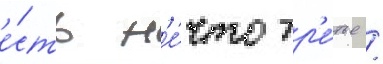
е́сть н'е́что тр'е́тье /